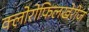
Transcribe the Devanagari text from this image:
क्लोरोफिलखेरीज